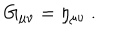
G _ { \mu \nu } = \eta _ { \mu \nu } \ .